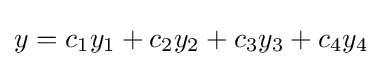
y=c_{1}y_{1}+c_{2}y_{2}+c_{3}y_{3}+c_{4}y_{4}